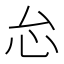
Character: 𱝼